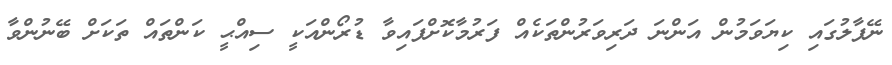
ނޭޕާލުގައި ކިޔަވަމުން އަންނަ ދަރިވަރުންތަކެއް ފަރުމާކޮށްފައިވާ ޑުރޯންއަކީ ސިއްޙީ ކަންތައް ތަކަށް ބޭނުންވާ